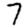
Digit: 7